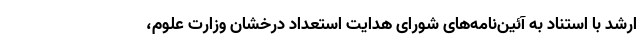
ارشد با استناد به آئین‌نامه‌های شورای هدایت استعداد درخشان وزارت علوم،